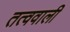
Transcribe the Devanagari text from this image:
तत्ववाली